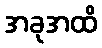
အခုအထိ